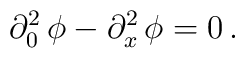
\partial^2_0 \, \phi - \partial^2_x \, \phi = 0 \, .